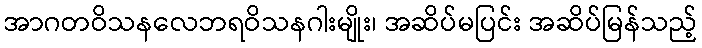
အာဂတဝိသနလေဘရဝိသနဂါးမျိုး၊ အဆိပ်မပြင်း အဆိပ်မြန်သည့်